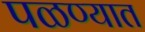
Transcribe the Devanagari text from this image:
पळण्यात